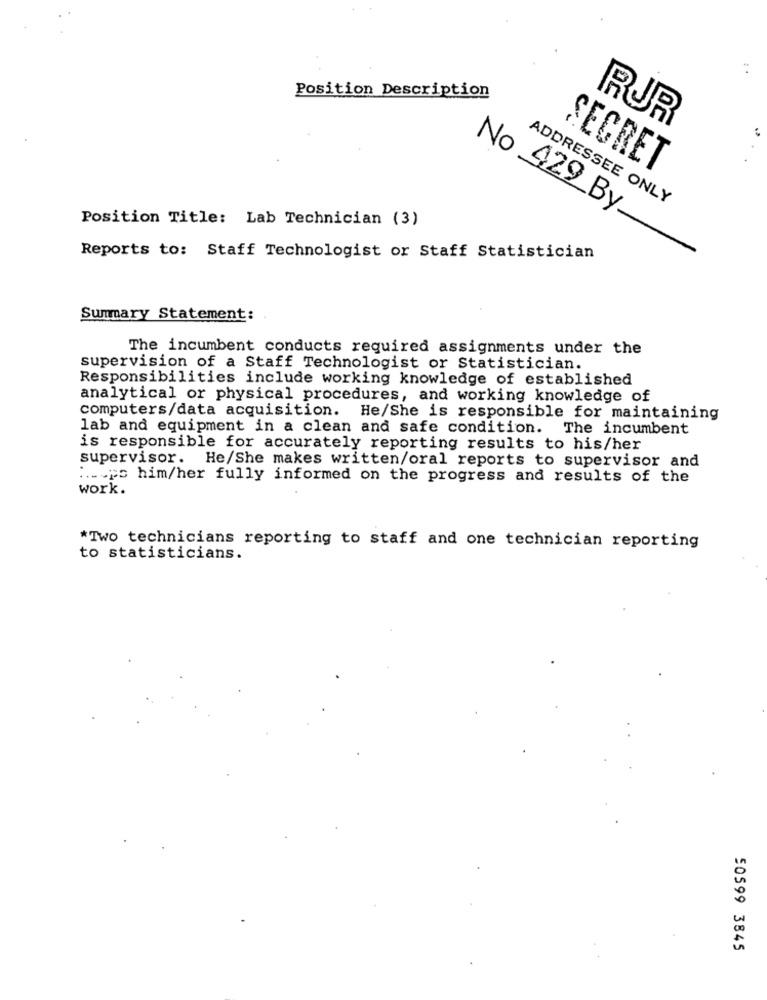
Position Description
RUR
SECRET
ADDRESSEE ONLY
Position Title: Lab Technician (3)
No _429_By __
Reports to: Staff Technologist or Staff Statistician
-
Summary Statement:
The incumbent conducts required assignments under the
supervision of a Staff Technologist or Statistician.
Responsibilities include working knowledge of established
analytical or physical procedures, and working knowledge of
computers/data acquisition. He/She is responsible for maintaining
lab and equipment in a clean and safe condition. The incumbent
is responsible for accurately reporting results to his/her
supervisor. He/She makes written/oral reports to supervisor and
.... ps him/her fully informed on the progress and results of the
work.
*Two technicians reporting to staff and one technician reporting
to statisticians.
50599 3845